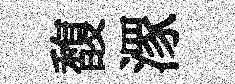
馥潈